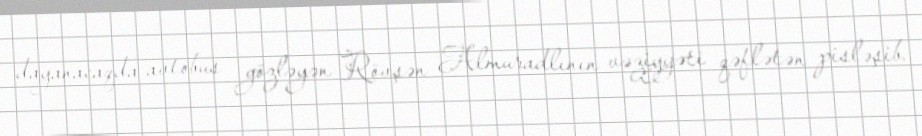
dayanacaqda avtobus gözləyən Rövşən Almuradlının vəziyyəti qəflətən pisləşib.